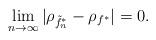
LaTeX: \begin{align*}\lim_{n\rightarrow\infty} |\rho_{\tilde{f}_n^{*}} - \rho_{f^{*}}| = 0. \end{align*}